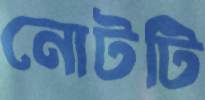
নোটটি